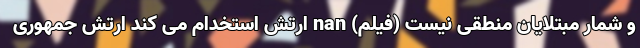
و شمار مبتلایان منطقی نیست (فیلم) nan ارتش استخدام می کند ارتش جمهوری